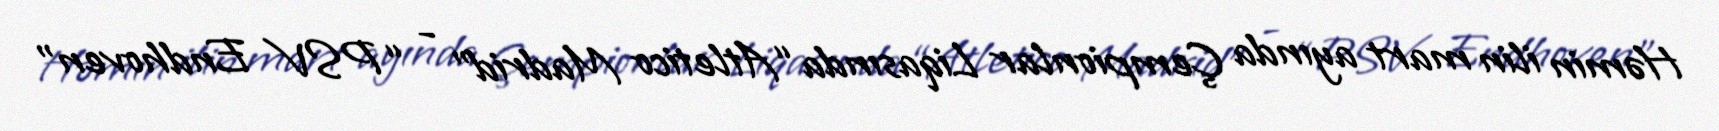
Həmin ilin mart ayında Çempionlar Liqasında “Atletico Madrid” - “PSV Endhoven”